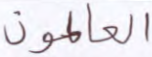
العالمون